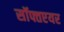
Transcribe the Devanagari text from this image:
सॉफ्तएयर